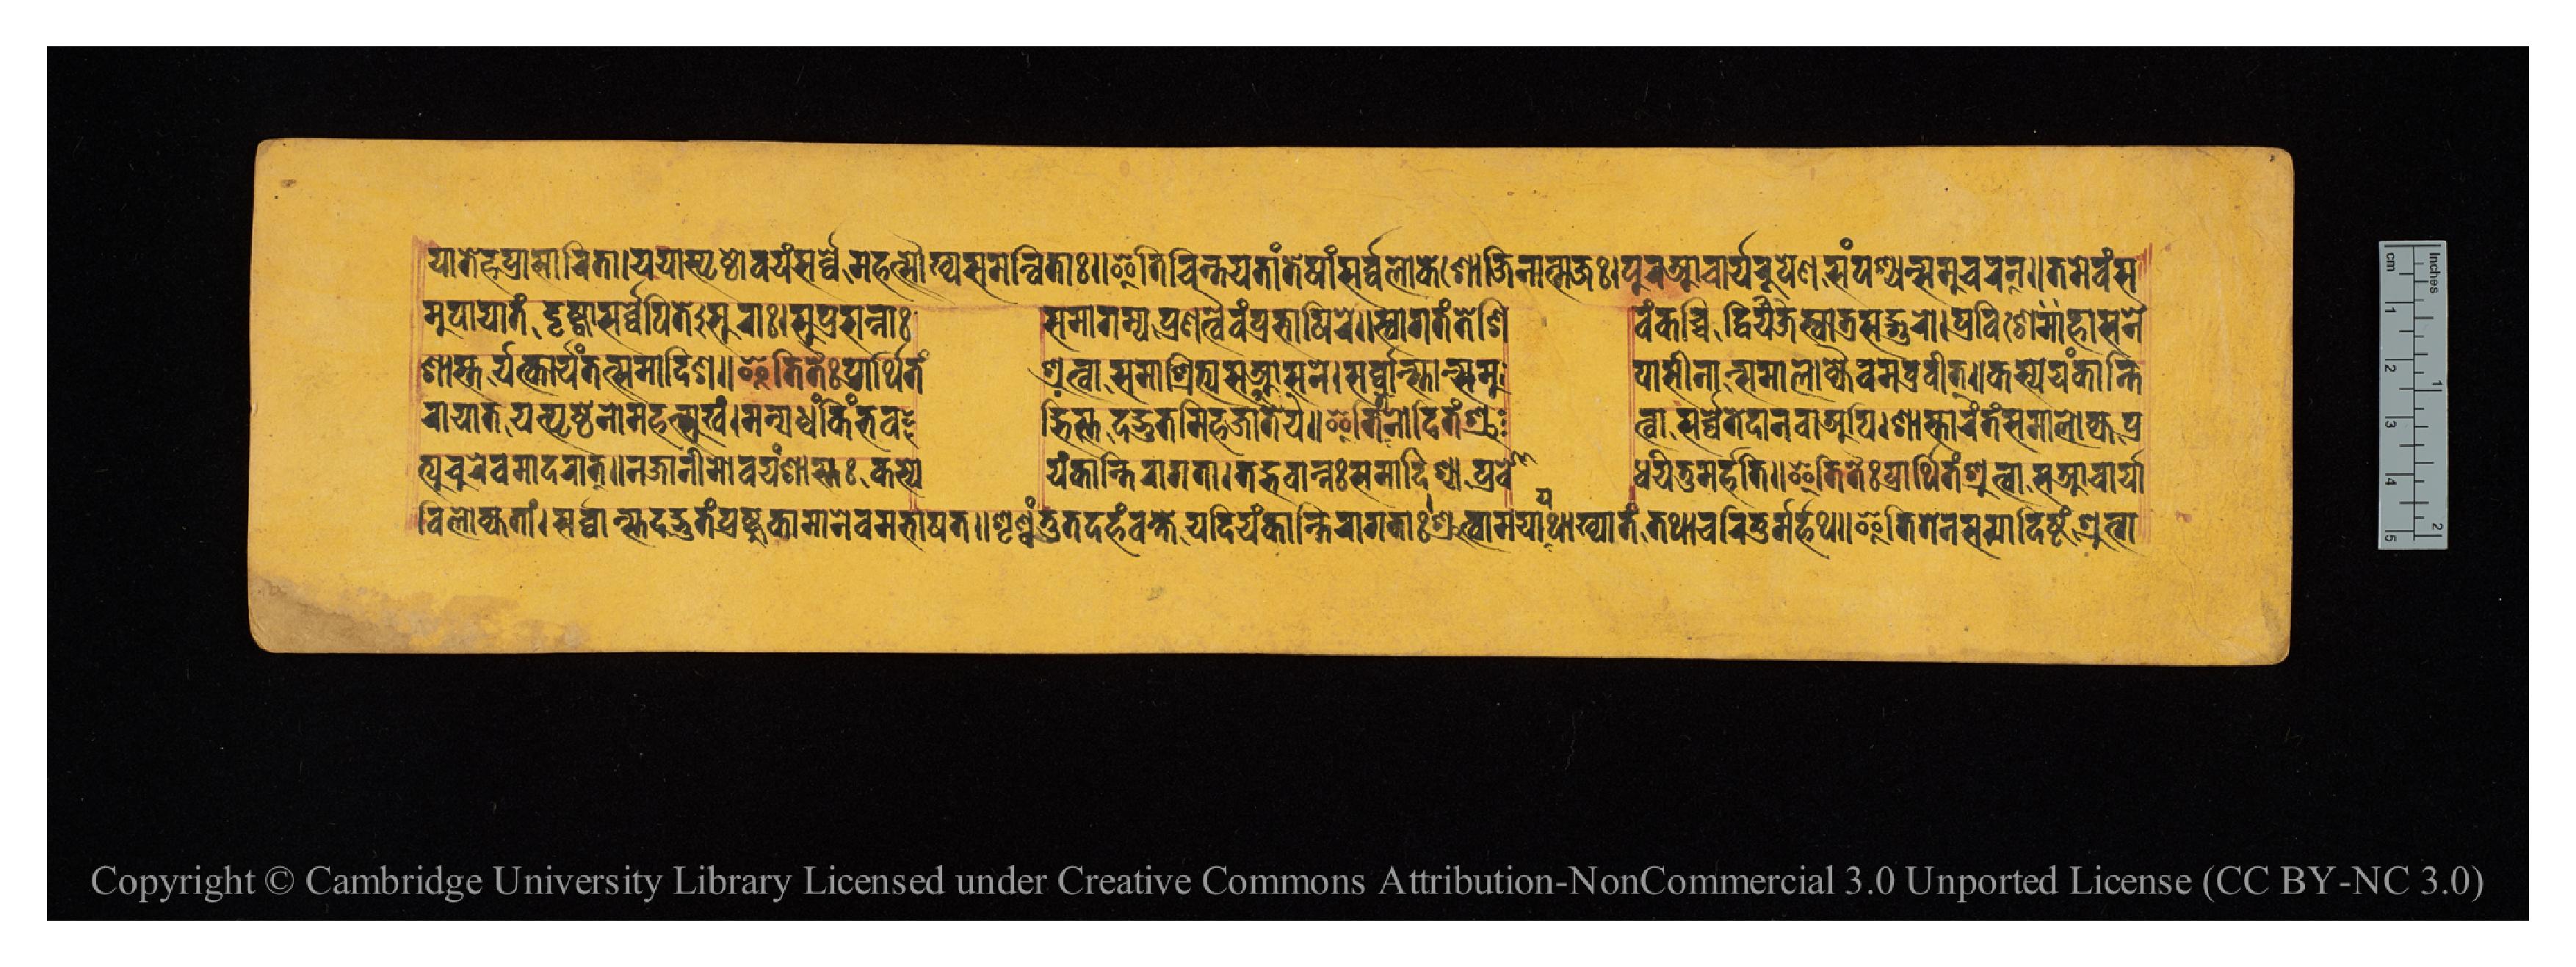
𑐫𑐵𑐟𑐾𑐴𑐥𑑂𑐬𑐳𑐵𑐬𑐶𑐟𑐵𑑋𑐫𑐫𑐵𑐳𑑂𑐥𑐺𑐲𑑂𑐚𑐵𑐰𑐫𑑄𑐳𑐬𑑂𑐰𑑂𑐰𑐾𑐩𑐴𑐟𑑂𑐳𑑁𑐏𑑂𑐫𑐳𑐩𑐣𑑂𑐰𑐶𑐟𑐵𑑅𑑌𑐂𑐟𑐶𑐔𑐶𑐣𑑂𑐟𑐫𑐟𑐵𑑄𑐟𑐾𑐲𑐵𑑄𑐳𑐮𑑀𑐎𑐾𑐱𑑂𑐱𑑀𑐖𑐶𑐣𑐵𑐟𑑂𑐩𑐖𑑅𑑋𑐥𑐸𑐬𑐁𑐔𑐵𑐬𑑂𑐫𑐬𑐸𑐥𑐾𑐞𑐳𑑄𑐥𑐱𑑂𑐫𑐣𑑂𑐳𑐩𑐸𑐥𑐵𑐔𑐬𑐣𑑂𑑌𑐟𑐩𑐾𑐰𑑄𑐳 𑐩𑐸𑐥𑐵𑐫𑐵𑐟𑑄𑐡𑐺𑐲𑑂𑐚𑑂𑐰𑐵𑐳𑐬𑑂𑐰𑑂𑐰𑐾𑐥𑐶𑐟𑐾𑐳𑐸𑐬𑐵𑑅𑑋𑐳𑐸𑐥𑑂𑐬𑐳𑐣𑑂𑐣𑐵𑑅  𑐳𑐩𑐵𑐐𑐩𑑂𑐫𑐥𑑂𑐬𑐞𑐟𑑂𑐰𑐿𑐰𑑄𑐧𑐨𑐵𑐲𑐶𑐬𑐾𑑌𑐳𑑂𑐰𑐵𑐐𑐟𑑄𑐟𑐾𑐱𑐶  𑐰𑑄𑐎𑐱𑑂𑐔𑐶𑐡𑑂𑐰𑐶𑐖𑐫𑐳𑑂𑐰𑐵𑐟𑑂𑐬𑐳𑐡𑑂𑐐𑐸𑐬𑑀𑑋𑐥𑑂𑐬𑐰𑐶𑐱𑐾𑐴𑐵𑐳𑐣𑐾 𑐱𑐵𑐳𑑂𑐟𑐬𑑂𑐫𑐟𑑂𑐎𑐵𑐬𑑂𑐫𑑄𑐟𑐟𑑂𑐳𑐩𑐵𑐡𑐶𑐱𑑌𑐂𑐟𑐶𑐟𑐿𑑅𑐥𑑂𑐬𑐵𑐬𑑂𑐠𑐶𑐟𑑄  𑐱𑑂𑐬𑐸𑐟𑑂𑐰𑐵𑐳𑐩𑐵𑐱𑑂𑐬𑐶𑐟𑑂𑐫𑐳𑐁𑐳𑐣𑐾𑑋𑐳𑐬𑑂𑐰𑑂𑐰𑐵𑑄𑐳𑑂𑐟𑐵𑐣𑑂𑐳𑐩𑐸  𑐥𑐵𑐳𑐷𑐣𑐵𑐣𑑂𑐳𑐩𑐵𑐮𑑀𑐎𑑂𑐫𑐿𑐰𑐩𑐧𑑂𑐬𑐰𑐷𑐟𑑂𑑌𑐎𑐳𑑂𑐫𑐾𑐫𑑄𑐎𑐵𑐣𑑂𑐟𑐶 𑐬𑐵𑐫𑐵𑐟𑐵𑐫𑐟𑑂𑐥𑐺𑐲𑑂𑐚𑐾𑐣𑑀𑐩𑐴𑐟𑑂𑐳𑐸𑐏𑑄𑑋𑐩𑐣𑑂𑐫𑐢𑑂𑐰𑑄𑐎𑐶𑑄𑐨𑐰  𑐡𑑂𑐨𑐶𑐳𑑂𑐟𑐡𑑂𑐨𑐸𑐟𑐩𑐶𑐴𑐖𑐵𑐫𑐟𑐾𑑌𑐂𑐟𑐶𑐟𑐾𑐣𑑀𑐡𑐶𑐟𑑄𑐱𑑂𑐬𑐸  𑐟𑑂𑐰𑐵𑐳𑐬𑑂𑐰𑑂𑐰𑐾𑐟𑐾𑐡𑐵𑐣𑐰𑐵𑐀𑐥𑐶𑑋𑐱𑐵𑐳𑑂𑐟𑐵𑐬𑑄𑐟𑑄𑐳𑐩𑐵𑐮𑑀𑐎𑑂𑐫𑐥𑑂𑐬 𑐟𑑂𑐫𑐹𑐔𑐸𑐬𑐾𑐰𑐩𑐵𑐡𑐬𑐵𑐟𑑂𑑌𑐣𑐖𑐵𑐣𑐷𑐩𑑀𑐰𑐫𑑄𑐱𑐵𑐳𑑂𑐟𑑅𑐎𑐳𑑂𑐫𑐾  𑐫𑑄𑐎𑐵𑐣𑑂𑐟𑐶𑐬𑐵𑐐𑐟𑐵𑑋𑐟𑐡𑑂𑐨𑐰𑐵𑐣𑑂𑐣𑑅𑐳𑐩𑐵𑐡𑐶𑐱𑑂𑐫𑐥𑑂𑐬𑐧𑑀  𑐢𑐫𑐶𑐟𑐸𑐩𑐬𑑂𑐴𑐟𑐶𑑌𑐂𑐟𑐶𑐟𑐿𑑅𑐥𑑂𑐬𑐵𑐬𑑂𑐠𑐶𑐟𑑄𑐱𑑂𑐬𑐸𑐟𑑂𑐰𑐵𑐳𑐁𑐔𑐵𑐬𑑂𑐫𑐵 𑐰𑐶𑐮𑑀𑐎𑑂𑐫𑐟𑐵𑑄𑑋𑐳𑐬𑑂𑐰𑑂𑐰𑐵𑑄𑐳𑑂𑐟𑐡𑐡𑑂𑐨𑐸𑐟𑑄𑐥𑑂𑐬𑐲𑑂𑐚𑐸𑐎𑐵𑐩𑐵𑐣𑐾𑐰𑐩𑐨𑐵𑐲𑐟𑑌𑐱𑐺𑐞𑑂𑐰𑐣𑑂𑐟𑐸𑐟𑐡𑐴𑑄𑐰𑐎𑑂𑐲𑑂𑐫𑐾𑐫𑐡𑐶𑐫𑑄𑐎𑐵𑐣𑑂𑐟𑐶𑐬𑐵𑐐𑐟𑐵𑑅𑐱𑑂𑐬𑐸𑐟𑑂𑐰𑐵𑐩𑐫𑐵𑐠𑐵𑐏𑑂𑐫𑐵𑐟𑑄𑐟𑐠𑐵𑐔𑐬𑐶𑐟𑐸𑐩𑐬𑑂𑐴𑐠𑑌𑐂𑐟𑐶𑐟𑐾𑐣𑐳𑐩𑐵𑐡𑐶𑐲𑑂𑐚𑑄𑐱𑑂𑐬𑐸𑐟𑑂𑐰𑐵